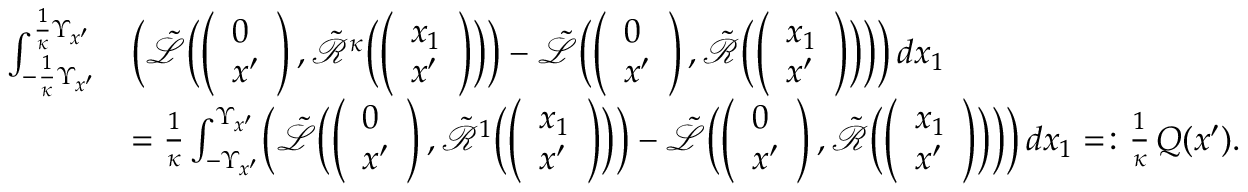
\begin{array} { r l } { \int _ { - \frac 1 \kappa \Upsilon _ { x ^ { \prime } } } ^ { \frac 1 \kappa \Upsilon _ { x ^ { \prime } } } } & { \Bigl ( \tilde { \mathcal L } \Bigl ( \left( \begin{array} { l } { 0 } \\ { x ^ { \prime } } \end{array} \right) , \tilde { \mathcal R } ^ { \kappa } \Bigl ( \left( \begin{array} { l } { x _ { 1 } } \\ { x ^ { \prime } } \end{array} \right) \Bigr ) \Bigr ) - \tilde { \mathcal L } \Bigl ( \left( \begin{array} { l } { 0 } \\ { x ^ { \prime } } \end{array} \right) , \tilde { \mathcal R } \Bigl ( \left( \begin{array} { l } { x _ { 1 } } \\ { x ^ { \prime } } \end{array} \right) \Bigr ) \Bigr ) \Bigr ) \, d x _ { 1 } } \\ & { = \frac 1 \kappa \int _ { - \Upsilon _ { x ^ { \prime } } } ^ { \Upsilon _ { x ^ { \prime } } } \Bigl ( \tilde { \mathcal L } \Bigl ( \left( \begin{array} { l } { 0 } \\ { x ^ { \prime } } \end{array} \right) , \tilde { \mathcal R } ^ { 1 } \Bigl ( \left( \begin{array} { l } { x _ { 1 } } \\ { x ^ { \prime } } \end{array} \right) \Bigr ) \Bigr ) - \tilde { \mathcal L } \Bigl ( \left( \begin{array} { l } { 0 } \\ { x ^ { \prime } } \end{array} \right) , \tilde { \mathcal R } \Bigl ( \left( \begin{array} { l } { x _ { 1 } } \\ { x ^ { \prime } } \end{array} \right) \Bigr ) \Bigr ) \Bigr ) \, d x _ { 1 } = \colon \frac 1 \kappa \, Q ( x ^ { \prime } ) . } \end{array}